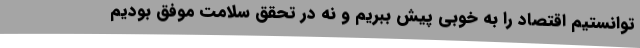
توانستیم اقتصاد را به خوبی پیش ببریم و نه در تحقق سلامت موفق بودیم